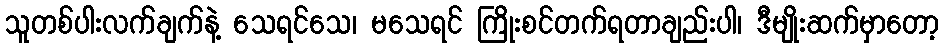
သူတစ်ပါးလက်ချက်နဲ့ သေရင်သေ၊ မသေရင် ကြိုးစင်တက်ရတာချည်းပါ၊ ဒီမျိုးဆက်မှာတော့